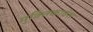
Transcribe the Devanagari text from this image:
मुक्तिकावंश